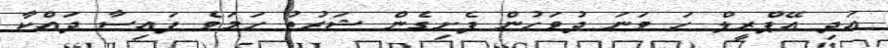
އަދި އޭޕްރީލް ހަ ވަނަ ދުވަހުން ފެށިގެން ޝަރުތު ހަމަވެ ފައިސާ ދައްކާ